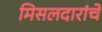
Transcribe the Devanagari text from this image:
मिसलदारांचे